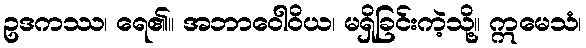
ဥဒကဿ၊ ရေ၏။ အဘာဝေါဝိယ၊ မရှိခြင်းကဲ့သို့။ ဣမေသံ၊